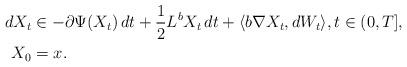
LaTeX: \begin{align*}\begin{aligned}dX_{t} & \in-\partial\Psi(X_{t})\,dt+\frac{1}{2}L^{b}X_{t}\,dt+\langle b\nabla X_{t},dW_{t}\rangle,t\in(0,T],\\X_{0} & =x.\end{aligned}\end{align*}